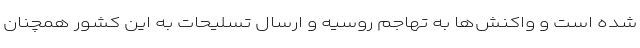
شده است و واکنش‌ها به تهاجم روسیه و ارسال تسلیحات به این کشور همچنان